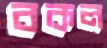
বকল